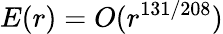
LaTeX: E(r)=O(r^{131/208})